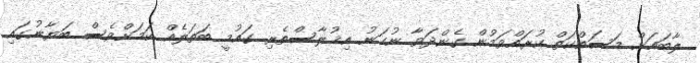
ލާބައަށް މަސައްކަތް ކުރައްވަމުން ގެންދަވާ ނުހަނު އިޚުލާސްތެރި ގައުމީ ބަތަލެއް ކަމަށްވެސް ބަޔާނުގައި